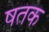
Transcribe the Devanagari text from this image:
षतक